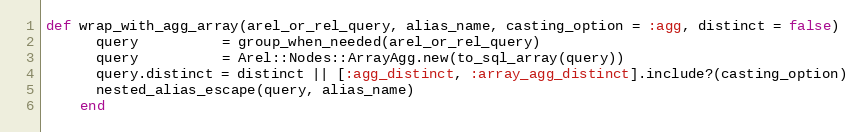
Language: Ruby
def wrap_with_agg_array(arel_or_rel_query, alias_name, casting_option = :agg, distinct = false)
      query          = group_when_needed(arel_or_rel_query)
      query          = Arel::Nodes::ArrayAgg.new(to_sql_array(query))
      query.distinct = distinct || [:agg_distinct, :array_agg_distinct].include?(casting_option)
      nested_alias_escape(query, alias_name)
    end